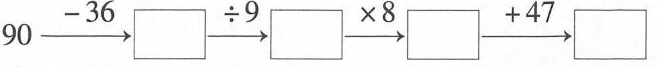
90\overset{ -36 }{\rightarrow}\Box \overset{ \div9 }{\rightarrow}\Box \overset{ \times8 }{\rightarrow}\Box\overset{ +47 }{\rightarrow}\Box